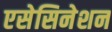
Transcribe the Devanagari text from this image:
एसेसिनेशन